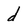
Character: d